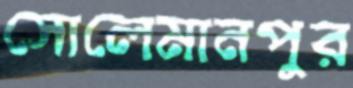
সোলেমানপুর